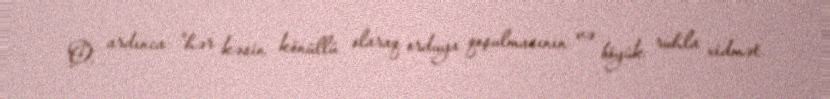
O, ardınca "hər kəsin könüllü olaraq orduya qoşulmasının və böyük ruhla xidmət